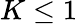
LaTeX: K\leq 1